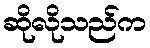
ဆိုလိုသည်က